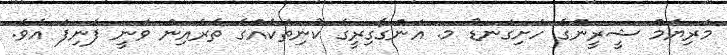
މަރިޔަމް ޝީރީންގެ ހަށިގަނޑު މ. އަންގާގިރީގެ ކުނިތަކެއްގެ ތެރެއިން ވަނީ ފެނިފަ އެވެ.